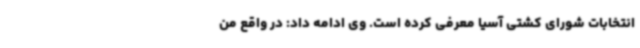
انتخابات شورای کشتی آسیا معرفی کرده است. وی ادامه داد: در واقع من